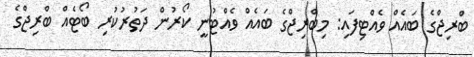
ބްރިޖްގެ ބައެއް ވެއްޓިފައި: މިބްރިޖްގެ ބައެއް ވެއްޓުނީ ކޯރުން ދަތުރުކުރި ބޯޓެއް ބްރިޖްގެ